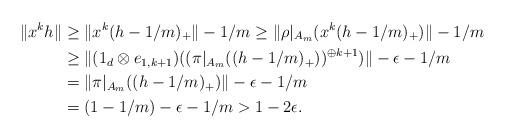
LaTeX: \begin{align*}\|x^kh\| & \geq \|x^k(h-1/m)_+\| - 1/m \geq \|\rho|_{A_m}(x^k(h-1/m)_+)\| - 1/m \\& \ge \|(1_d\otimes e_{1,k+1}) ((\pi|_{A_m}((h-1/m)_+))^{\oplus k+1} )\| - \epsilon -1/m \\& = \|\pi|_{A_m}((h-1/m)_+)\| -\epsilon - 1/m \\& = (1-1/m) - \epsilon - 1/m > 1- 2\epsilon.\end{align*}